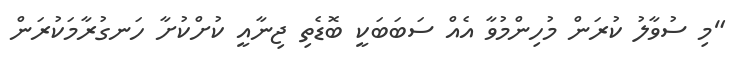
"މި ސުވާލު ކުރަން މުހިންމުވާ އެއް ސަބަބަކީ ބޮޑެތި ޖިނާއީ ކުށްކުށާ ހަނގުރާމަކުރަން